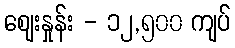
စျေးနှုန်း - ၁၂,၅၀၀ ကျပ်